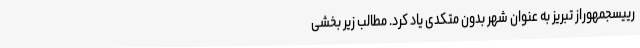
رییسجمهوراز تبریز به عنوان شهر بدون متکدی یاد کرد. مطالب زیر بخشی